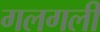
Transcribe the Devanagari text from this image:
गलगली